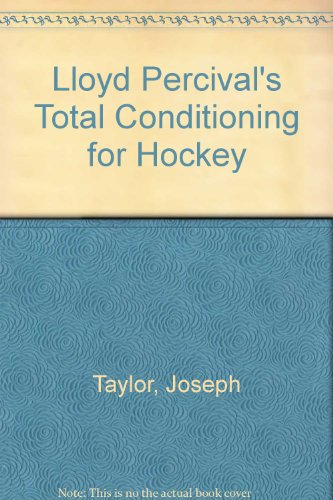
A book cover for Lloyd Percival's Total Conditioning for Hockey; Joseph Taylor; Sports & Outdoors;